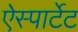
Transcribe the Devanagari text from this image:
ऐस्पार्टेट